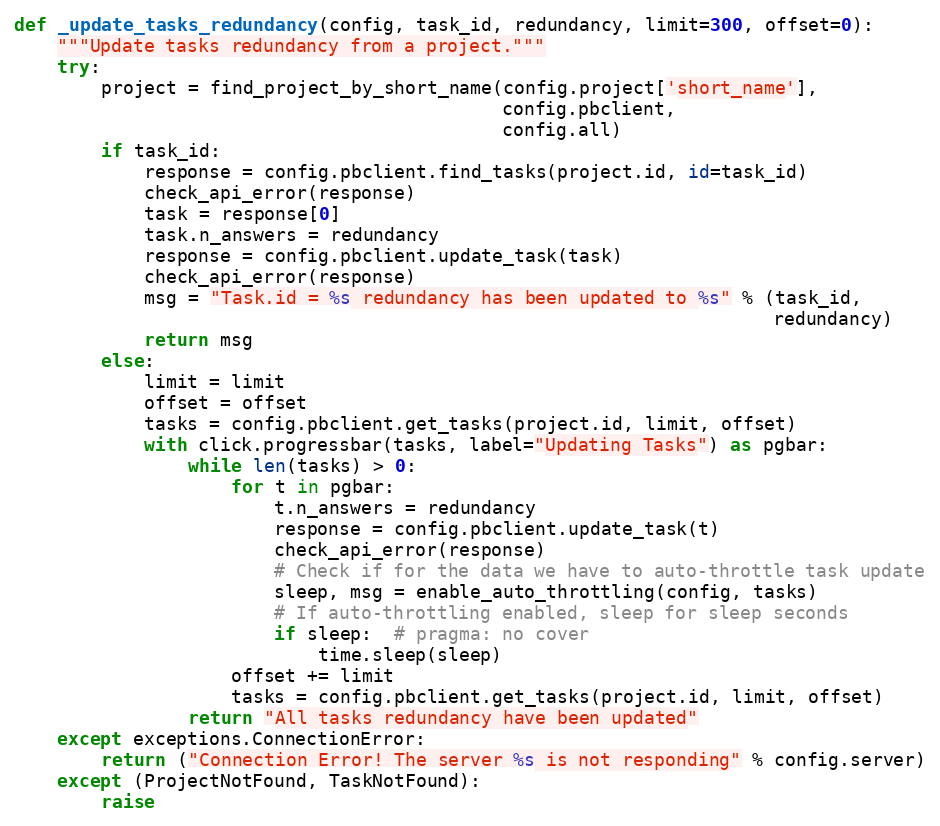
Language: Python
def _update_tasks_redundancy(config, task_id, redundancy, limit=300, offset=0):
    """Update tasks redundancy from a project."""
    try:
        project = find_project_by_short_name(config.project['short_name'],
                                             config.pbclient,
                                             config.all)
        if task_id:
            response = config.pbclient.find_tasks(project.id, id=task_id)
            check_api_error(response)
            task = response[0]
            task.n_answers = redundancy
            response = config.pbclient.update_task(task)
            check_api_error(response)
            msg = "Task.id = %s redundancy has been updated to %s" % (task_id,
                                                                      redundancy)
            return msg
        else:
            limit = limit
            offset = offset
            tasks = config.pbclient.get_tasks(project.id, limit, offset)
            with click.progressbar(tasks, label="Updating Tasks") as pgbar:
                while len(tasks) > 0:
                    for t in pgbar:
                        t.n_answers = redundancy
                        response = config.pbclient.update_task(t)
                        check_api_error(response)
                        # Check if for the data we have to auto-throttle task update
                        sleep, msg = enable_auto_throttling(config, tasks)
                        # If auto-throttling enabled, sleep for sleep seconds
                        if sleep:  # pragma: no cover
                            time.sleep(sleep)
                    offset += limit
                    tasks = config.pbclient.get_tasks(project.id, limit, offset)
                return "All tasks redundancy have been updated"
    except exceptions.ConnectionError:
        return ("Connection Error! The server %s is not responding" % config.server)
    except (ProjectNotFound, TaskNotFound):
        raise